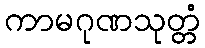
ကာမဂုဏသုတ္တံ